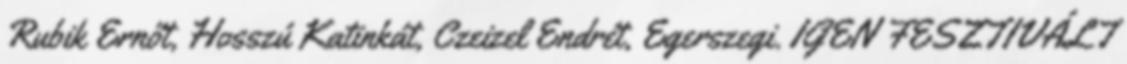
Rubik Ernőt, Hosszú Katinkát, Czeizel Endrét, Egerszegi. IGEN FESZTIVÁLT